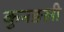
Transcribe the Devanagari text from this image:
कुनङली